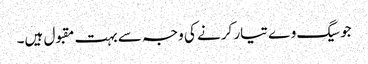
جوسیگ وے تیار کرنے کی وجہ سے بہت مقبول ہیں۔